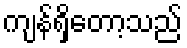
ကျန်ရှိတော့သည်